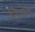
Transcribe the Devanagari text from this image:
भिड़ोहिया